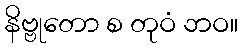
နိဗ္ဗုတော စ တုဝံ ဘဝ။